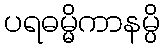
ပရဓမ္မိကာနမ္ပိ